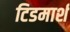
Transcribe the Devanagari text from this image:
टिडमार्श